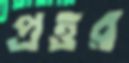
প্রত্তর